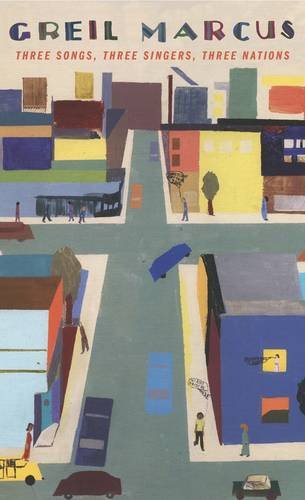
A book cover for Three Songs, Three Singers, Three Nations (The William E. Massey Sr. Lectures in the History of American Civilization); Greil Marcus; Arts & Photography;